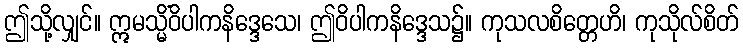
ဤသို့လျှင်။ ဣမသ္မိံဝိပါကနိဒ္ဒေသေ၊ ဤဝိပါကနိဒ္ဒေသ၌။ ကုသလစိတ္တေဟိ၊ ကုသိုလ်စိတ်